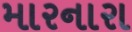
મારનારા